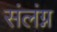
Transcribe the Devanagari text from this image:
संलंग्न